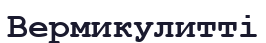
Вермикулитті